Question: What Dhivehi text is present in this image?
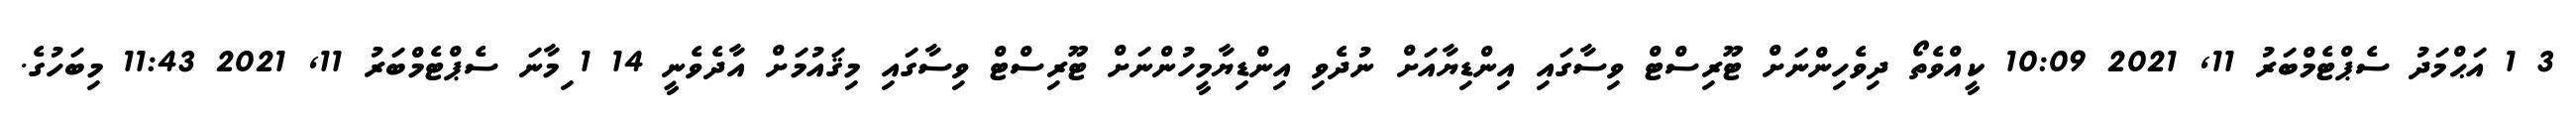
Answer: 3 1 އަޙްމަދު ސެޕްޓެމްބަރު 11, 2021 10:09 ކީއްވެތޯ ދިވެހިންނަށް ޓޫރިސްޓް ވިސާގައި އިންޑިޔާއަށް ނުދެވި އިންޑިޔާމީހުންނަށް ޓޫރިސްޓް ވިސާގައި މިޤައުމަށް އާދެވެނީ 14 1 ިމާނަ ސެޕްޓެމްބަރު 11, 2021 11:43 މިބަހުގެ.